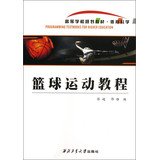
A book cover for College planning materials and Sports Science : Basketball Tutorial(Chinese Edition); ZHANG CHAO . GUO YA; Sports & Outdoors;